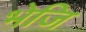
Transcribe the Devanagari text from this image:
भेजि